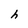
Character: h